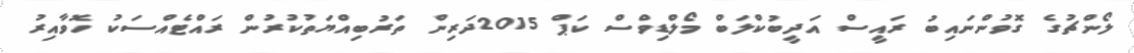
ލޯންޗުގެ ގޮވުންނައިބު ރައީސް އަދީބުކްލަބް މޯލްޑިވްސް ކަޕް 2015ދަރިން ތަރުބިއްޔަތުކުރުން ރައްޓެއްސަކު ހޮވާއިރު